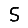
Digit: 5